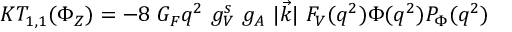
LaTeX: K T _ { 1 , 1 } ( \Phi _ { Z } ) = - 8 \ G _ { F } q ^ { 2 } \ g _ { V } ^ { s } \ g _ { A } \ | \vec { k } | \ F _ { V } ( q ^ { 2 } ) \Phi ( q ^ { 2 } ) P _ { \Phi } ( q ^ { 2 } )